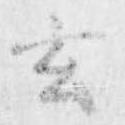
玄